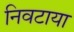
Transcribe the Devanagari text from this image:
निवटाया